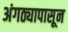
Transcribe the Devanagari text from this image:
अंगठ्यापासून